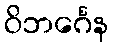
ဝိဘင်္ဂေန